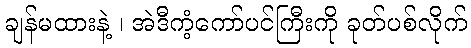
ချန်မထားနဲ့ ၊ အဲဒီကံ့ကော်ပင်ကြီးကို ခုတ်ပစ်လိုက်